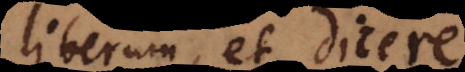
liberum, et dicere